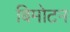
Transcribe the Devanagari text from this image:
बिमोटन